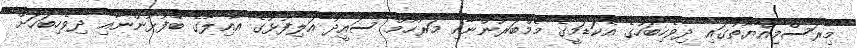
މިރަސްމިއްޔާތުގައި ދިވެހިބަހުގެ އެކަޑަމީގެ މެމްބަރުންނާއި މަރުހޫމް ސައީދު އަލިފުޅުގެ އާއިލާގެ ބޭފުޅުންނާއި ދިވެހިބަހަށް